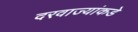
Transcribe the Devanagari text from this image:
दरवाज्यांकडे